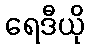
ရေဒီယို